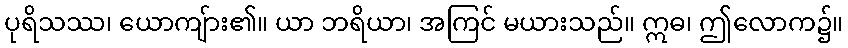
ပုရိသဿ၊ ယောကျ်ား၏။ ယာ ဘရိယာ၊ အကြင် မယားသည်။ ဣဓ၊ ဤလောက၌။